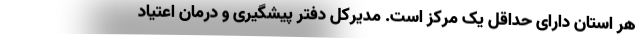
هر استان دارای حداقل یک مرکز است. مدیرکل دفتر پیشگیری و درمان اعتیاد